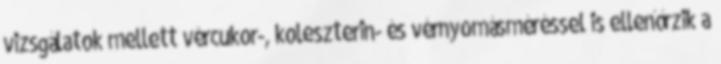
vizsgálatok mellett vércukor-, koleszterin- és vérnyomásméréssel is ellenőrzik a